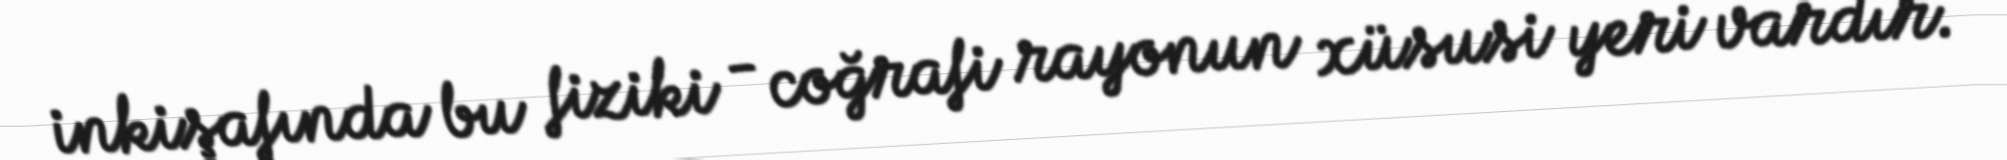
inkişafında bu fiziki - coğrafi rayonun xüsusi yeri vardır.